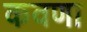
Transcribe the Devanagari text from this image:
कवणा